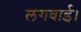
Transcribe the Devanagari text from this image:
लगवाई।